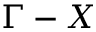
\Gamma - X